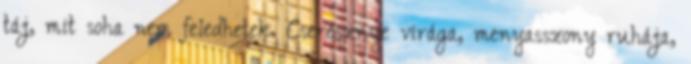
táj, mit soha nem feledhetek. Cseresznye virága, menyasszony ruhája,